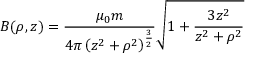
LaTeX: B ( \rho , z ) = { \frac { \mu _ { 0 } m } { 4 \pi \left( z ^ { 2 } + \rho ^ { 2 } \right) ^ { \frac { 3 } { 2 } } } } { \sqrt { 1 + { \frac { 3 z ^ { 2 } } { z ^ { 2 } + \rho ^ { 2 } } } } }